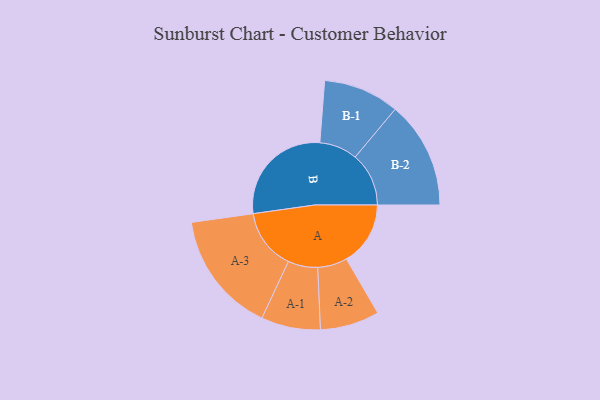
{"axis": {"x": "Segment", "y": "Value"}, "legend": ["", "A", "B"], "data": [{"x": "A", "y": 283, "type": ""}, {"x": "B", "y": 485, "type": ""}, {"x": "A-1", "y": 131, "type": "A"}, {"x": "A-2", "y": 131, "type": "A"}, {"x": "A-3", "y": 269, "type": "A"}, {"x": "B-1", "y": 168, "type": "B"}, {"x": "B-2", "y": 237, "type": "B"}]}